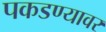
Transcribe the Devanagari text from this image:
पकडण्यावर